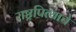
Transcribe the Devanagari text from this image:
राष्ट्रपित्याचे